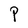
Character: P